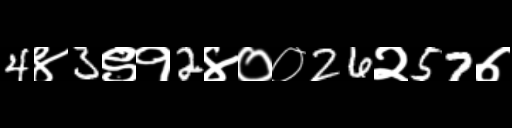
Text: 4४3९१2४००26२57७